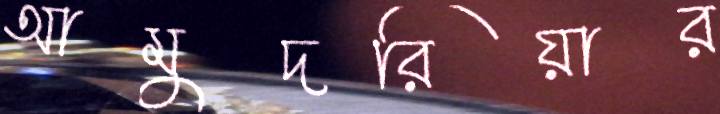
আমুদরিয়ার